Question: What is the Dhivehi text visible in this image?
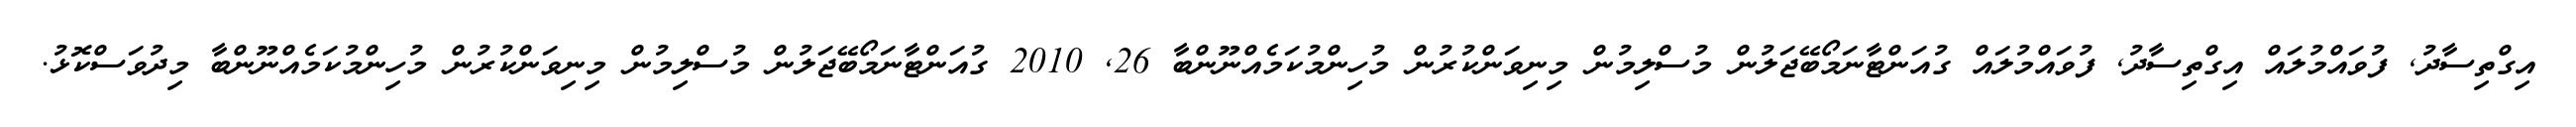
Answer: އިގްތިސާދު, ފުވައްމުލައް އިގްތިސާދު, ފުވައްމުލައް ގުއަންޓާނަމޯބޭޖަލުން މުސްލިމުން މިނިވަންކުރުން މުހިންމުކަމެއްނޫންބާ 26, 2010 ގުއަންޓާނަމޯބޭޖަލުން މުސްލިމުން މިނިވަންކުރުން މުހިންމުކަމެއްނޫންބާ މިދުވަސްކޮޅު.